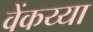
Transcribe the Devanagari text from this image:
वेंकय्या